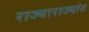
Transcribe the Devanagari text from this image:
राज्याराज्यांत